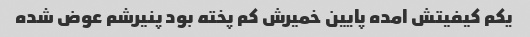
یکم کیفیتش امده پایین خمیرش کم پخته بود پنیرشم عوض شده